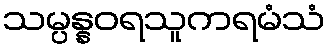
သမ္ပန္နဝရသူကရမံသံ